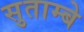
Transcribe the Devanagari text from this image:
सुताम्बे